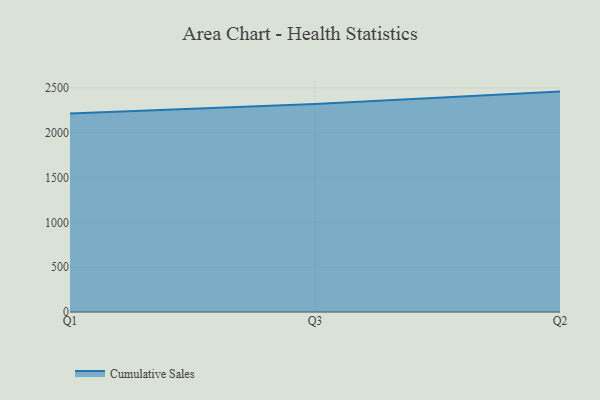
{"axis": {"x": "Quarter", "y": "Temperature (°C)"}, "legend": ["Cumulative Sales"], "data": [{"x": "Q1", "y": 2215.4, "type": "Cumulative Sales"}, {"x": "Q3", "y": 2321.0, "type": "Cumulative Sales"}, {"x": "Q2", "y": 2459.0, "type": "Cumulative Sales"}]}